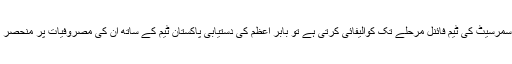
اگر سمرسیٹ کی ٹیم فائنل مرحلے تک کوالیفائی کرتی ہے تو بابر اعظم کی دستیابی پاکستان ٹیم کے ساتھ اُن کی مصروفیات پر منحصر ہے۔